Indian Civil Veterinary Department memoirs
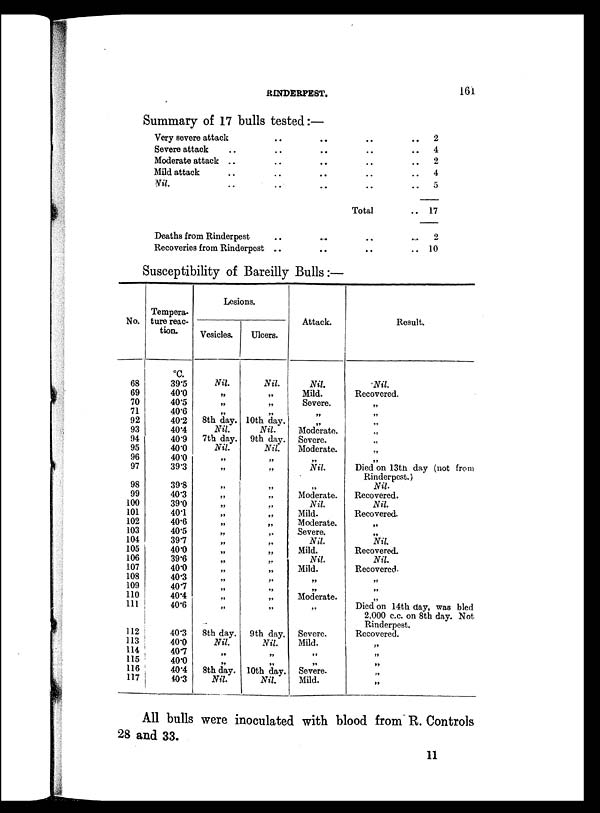
RINDERPEST.
161
Summary of 17 bulls tested:—
Very severe attack
Severe attack „
Moderate attack ..
Mild attack ..
Nil. ..
Deaths from Rinderpest
Recoveries from Rinderpest
..
..
..
..
..
..
..
..
..
..
..
..
...
..
..
..
..
..
..
Total
..
..
..
..
..
..
..
..
..
..
2
4
2
4
5
17
2
10
Susceptibility of Bareilly Bulls:—
No.
68
69
70
71
92
93
94
95
96
97
98
99
100
101
102
103
104
105
106
107
108
109
110
111
112
113
114
115
116
117
Tempera-
ture reac-
tion.
ºC.
39.5
40.0
40.5
40.6
40.2
40.4
40.9
40.0
40.0
39.3
39.8
40.3
39.0
40.1
40.6
40.5
39.7
40.0
39.6
40.0
40.3
40.7
40.4
40.6
40.3
40.0
40.7
40.0
40.4
40.3
Lesions.
Vesicles.
Nil.
„
„
„
8th day.
Nil.
7th day.
Nil.
„
„
„
„
„
„
„
„
„
„
„
„
„
„
„
„
8th day.
Nil.
„
„
8th day.
Nil.
Ulcers.
Nil.
„
„
„
10th day.
Nil.
9th day.
Nil.
„
„
„
„
„
„
„
„
„
„
„
„
„
„
„
„
9th day.
Nil.
„
„
10th day.
Nil.
Attack.
Nil.
Mild.
Severe.
„
„
Moderate.
Severe.
Moderate.
„
Nil.
„
Moderate.
Nil.
Mild.
Moderate.
Severe.
Nil.
Mild.
Nil.
Mild.
„
„
Moderate.
„
Severe.
Mild.
„
„
Severe.
Mild.
Result.
Nil.
Recovered.
„
„
„
„
„
„
„
Died on 13th day (not from
Rinderpest.)
Nil.
Recovered.
Nil
Recovered
„
„
Nil.
Recovered.
Nil.
Recovered
„
„
„
Died on 14th day, was bled
2,000 c.c. on 8th day. Not
Rinderpest.
Recovered.
„
„
„
„
„
All bulls were inoculated with blood from R. Controls
28 and 33.
11